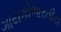
ગાયકોભારતીય